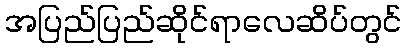
အပြည်ပြည်ဆိုင်ရာလေဆိပ်တွင်